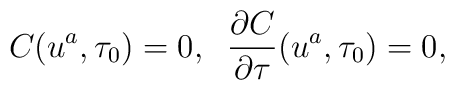
C(u^a, \tau_0) = 0,  \;\;\frac{\partial C}{\partial\tau} (u^a,\tau_0) = 0,